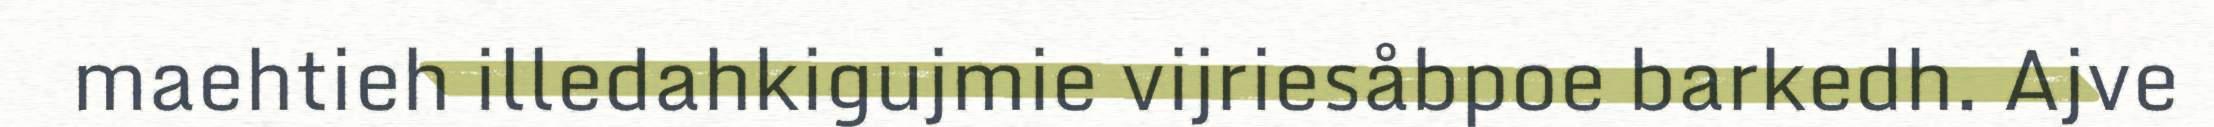
maehtieh illedahkigujmie vijriesåbpoe barkedh. Ajve